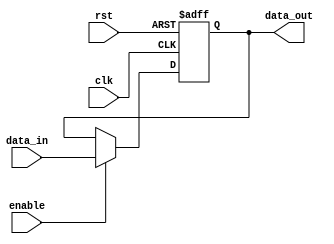
module ForwardingRegister #(
    parameter DATA_WIDTH = 32  // Define the width of the data
)(
    input wire clk,             // Clock signal
    input wire rst,             // Asynchronous reset signal
    input wire [DATA_WIDTH-1:0] data_in,   // Data input
    input wire enable,          // Enable signal
    output reg [DATA_WIDTH-1:0] data_out    // Data output
);

    // Asynchronous reset and synchronous update logic
    always @(posedge clk or posedge rst) begin
        if (rst) begin
            data_out <= {DATA_WIDTH{1'b0}};  // Clear register on reset
        end else if (enable) begin
            data_out <= data_in;  // Update output with input data
        end
        // If enable is not asserted, data_out retains its previous value
    end

endmodule